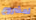
لمشروع